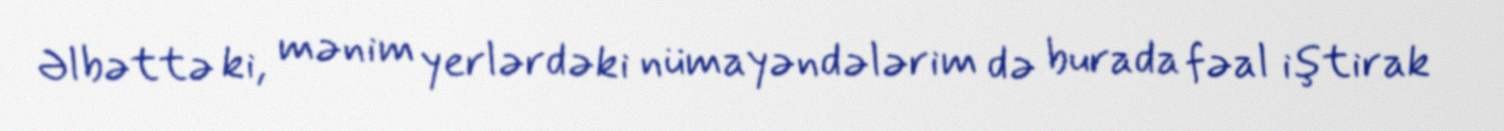
Əlbəttə ki, mənim yerlərdəki nümayəndələrim də burada fəal iştirak